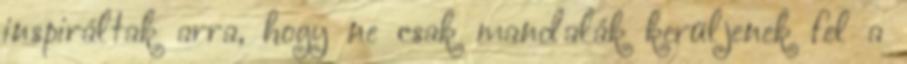
inspiráltak arra, hogy ne csak mandalák kerüljenek fel a